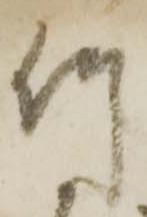
竹